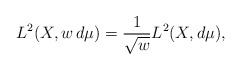
\begin{align*}L^2(X,w\,d\mu)=\frac{1}{\sqrt{w}}L^2(X,d\mu),\end{align*}